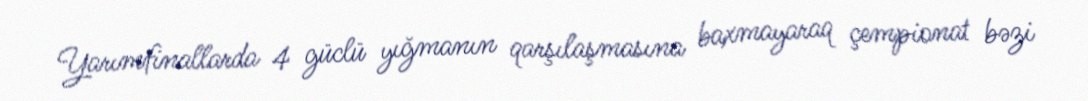
Yarımfinallarda 4 güclü yığmanın qarşılaşmasına baxmayaraq çempionat bəzi